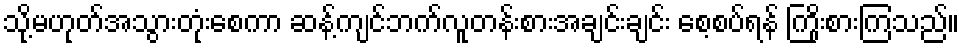
သို့မဟုတ်အသွားတုံးစေကာ ဆန့်ကျင်ဘက်လူတန်းစားအချင်းချင်း စေ့စပ်ရန် ကြိုးစားကြသည်။